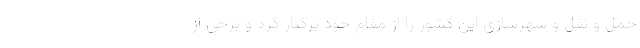
حمل و نقل و شهرسازی این کشور را از مقام خود برکنار کرد و برخی از